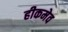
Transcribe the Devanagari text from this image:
हीकमेव